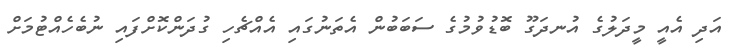
އަދި އެއީ މީދަލުގެ އުނދަގޫ ބޮޑުވުމުގެ ސަބަބުން އެތަނުގައި އެއްޗެހި ގުދަންކޮށްފައި ނުބެހެއްޓުމަށް